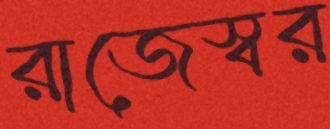
রাজেস্বর